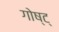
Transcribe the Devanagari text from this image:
गोष्ट्